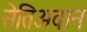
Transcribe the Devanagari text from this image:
सेतिअवान